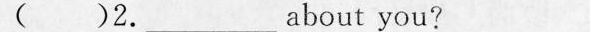
（ ）2._about you?